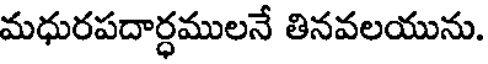
మధురపదార్ధములనే తినవలయును.